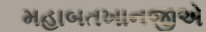
મહાબતખાનજીએ